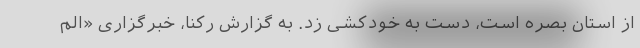
از استان بصره است، دست به خودکشی زد. به گزارش رکنا، خبرگزاری «الم